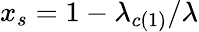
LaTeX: x_{s}=1-\lambda_{c(1)}/\lambda